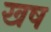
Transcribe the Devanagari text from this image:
खष